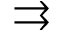
\rightrightarrows